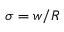
\sigma = w / R